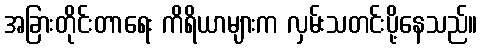
အခြားတိုင်းတာရေး ကိရိယာများက လှမ်းသတင်းပို့နေသည်။